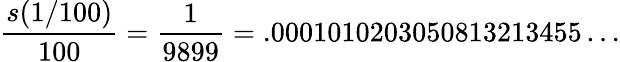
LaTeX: {\frac{s(1/100)}{100}}={\frac{1}{9899}}=.0001010203050813213455\ldots